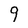
Character: 9